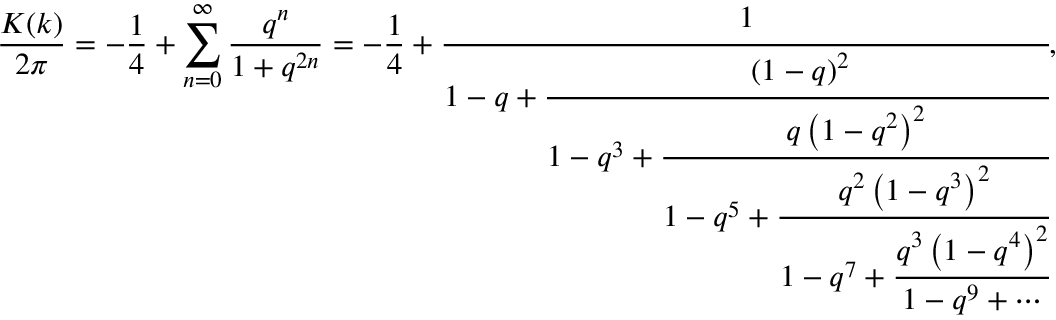
{ \frac { K ( k ) } { 2 \pi } } = - { \frac { 1 } { 4 } } + \sum _ { n = 0 } ^ { \infty } { \frac { q ^ { n } } { 1 + q ^ { 2 n } } } = - { \frac { 1 } { 4 } } + { \cfrac { 1 } { 1 - q + { \cfrac { \left( 1 - q \right) ^ { 2 } } { 1 - q ^ { 3 } + { \cfrac { q \left( 1 - q ^ { 2 } \right) ^ { 2 } } { 1 - q ^ { 5 } + { \cfrac { q ^ { 2 } \left( 1 - q ^ { 3 } \right) ^ { 2 } } { 1 - q ^ { 7 } + { \cfrac { q ^ { 3 } \left( 1 - q ^ { 4 } \right) ^ { 2 } } { 1 - q ^ { 9 } + \cdots } } } } } } } } } } ,